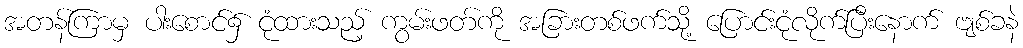
အတန်ကြာမှ ပါးစောင်၌ ငုံထားသည့် ကွမ်းဖတ်ကို အခြားတစ်ဖက်သို့ ပြောင်းငုံလိုက်ပြီးနောက် ဗျစ်ခနဲ